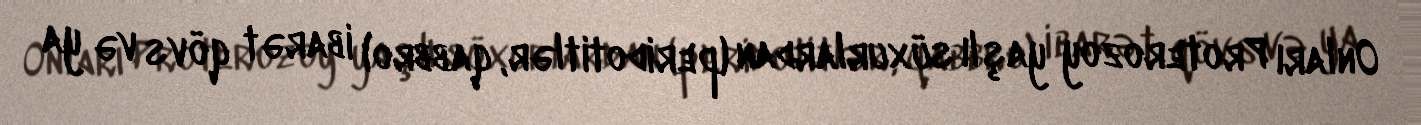
Onları Proterozoy yaşlı süxurlardan (peridotitlər, qabbro) ibarət qövs və ya